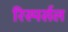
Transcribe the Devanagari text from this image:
रिस्पर्सल